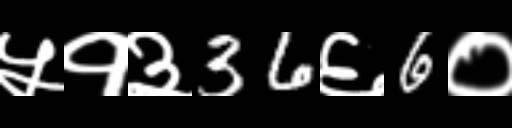
Text: ५१३36६6०